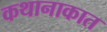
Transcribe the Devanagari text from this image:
कथानाकात